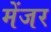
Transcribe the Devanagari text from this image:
मेंजर